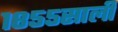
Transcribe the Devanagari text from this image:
१८५५साली